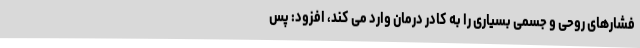
فشارهای روحی و جسمی بسیاری را به کادر درمان وارد می کند، افزود: پس